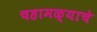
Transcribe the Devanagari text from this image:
चहामळ्याचे